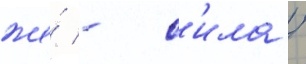
же́ - с'ила /